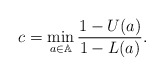
\begin{align*}c=\min\limits_{a\in\mathbb{A}}\frac{1-U(a)}{1-L(a)}.\end{align*}